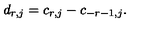
d _ { r , j } = c _ { r , j } - c _ { - r - 1 , j } .